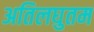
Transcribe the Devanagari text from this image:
अतिलघुतम